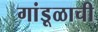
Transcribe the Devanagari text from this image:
गांडूळाची